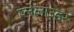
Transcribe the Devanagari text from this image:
प्लेलाउडर